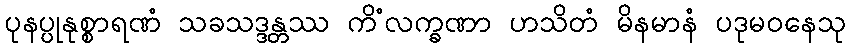
ပုနပ္ပုနုစ္စာရဏံ သခသဒ္ဒန္တဿ ကိံလက္ခဏာ ဟသိတံ မိနမာနံ ပဒုမဝနေသု